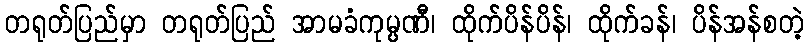
တရုတ်ပြည်မှာ တရုတ်ပြည် အာမခံကုမ္ပဏီ၊ ထိုက်ပိန်ပိန်၊ ထိုက်ခန်၊ ပိန်အန်စတဲ့